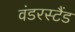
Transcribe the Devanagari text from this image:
वंडरस्टैंड